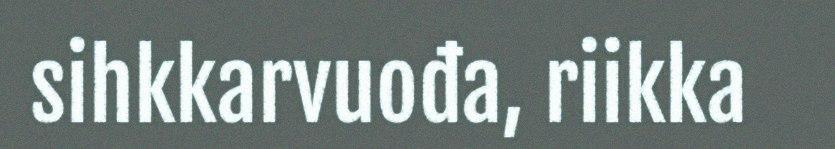
sihkkarvuođa, riikka